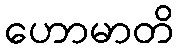
ဟောမာတိ